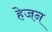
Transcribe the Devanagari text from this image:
हेजन